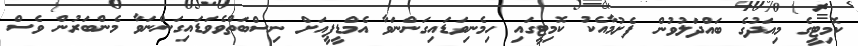
ކޮމިޓީގެ މިއަދުގެ ބައްދަލުވުން ފެށުމާއެކު ކޮމިޓީގައި ހިމެނިވަޑައިގަންނަވާ އެމްޑީޕީއަށް ނިސްބަތްވެވަޑައިގަންނަވާ މެންބަރުން ވެސް